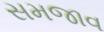
સમજાવ